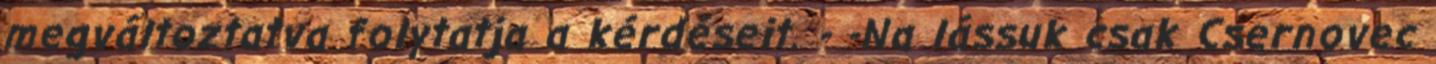
megváltoztatva folytatja a kérdéseit. - -Na lássuk csak Csernovec